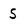
Character: 5